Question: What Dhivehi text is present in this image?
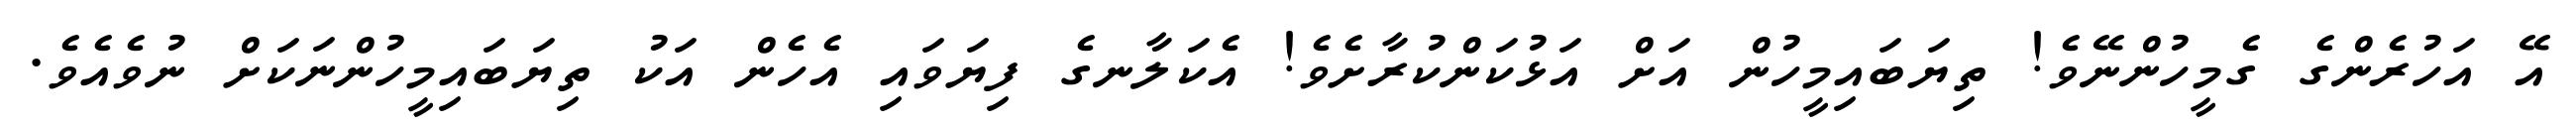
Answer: އޭ އަހުރެންގެ ގެމީހުންނޭވެ! ތިޔަބައިމީހުން އަށް އަޅުކަންކުރާށެވެ! އެކަލާނގެ ފިޔަވައި އެހެން އަކު ތިޔަބައިމީހުންނަކަށް ނުވެއެވެ.